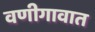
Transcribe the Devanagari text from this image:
वणीगावात